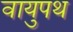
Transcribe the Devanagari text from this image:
वायुपथ